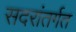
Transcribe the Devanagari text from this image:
सदरांतर्गत